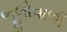
ભૂલોવાળી